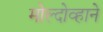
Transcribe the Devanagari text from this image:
मोल्दोव्हाने